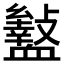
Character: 𮕡